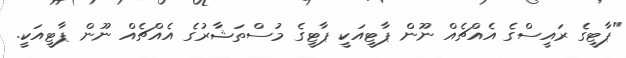
"ޕާޓީގެ ރައީސްގެ އެއްޗެއް ނޫން ޕާޓީއަކީ ޕާޓީގެ މުސްތަޝާރުގެ އެއްޗެއް ނޫން ޕާޓީއަކީ.